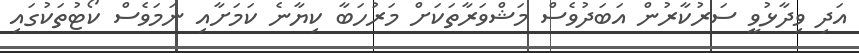
އަދި ވިދާޅުވީ ސަރުކާރުން އަބަދުވެސް މަޝްވަރާތަކަށް މަރުހަބާ ކިޔާނެ ކަމަށާއި ނަމަވެސް ކޯޓުތަކުގައި